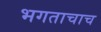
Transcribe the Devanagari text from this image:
भगताचाच